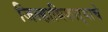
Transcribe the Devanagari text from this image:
जिल्हाधिकाऱ्याचे